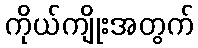
ကိုယ်ကျိုးအတွက်